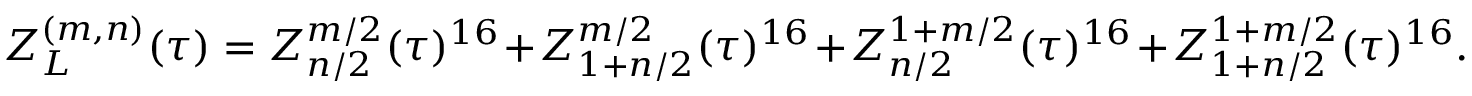
Z _ { L } ^ { ( m , n ) } ( \tau ) = Z _ { n / 2 } ^ { m / 2 } ( \tau ) ^ { 1 6 } + Z _ { 1 + n / 2 } ^ { m / 2 } ( \tau ) ^ { 1 6 } + Z _ { n / 2 } ^ { 1 + m / 2 } ( \tau ) ^ { 1 6 } + Z _ { 1 + n / 2 } ^ { 1 + m / 2 } ( \tau ) ^ { 1 6 } .